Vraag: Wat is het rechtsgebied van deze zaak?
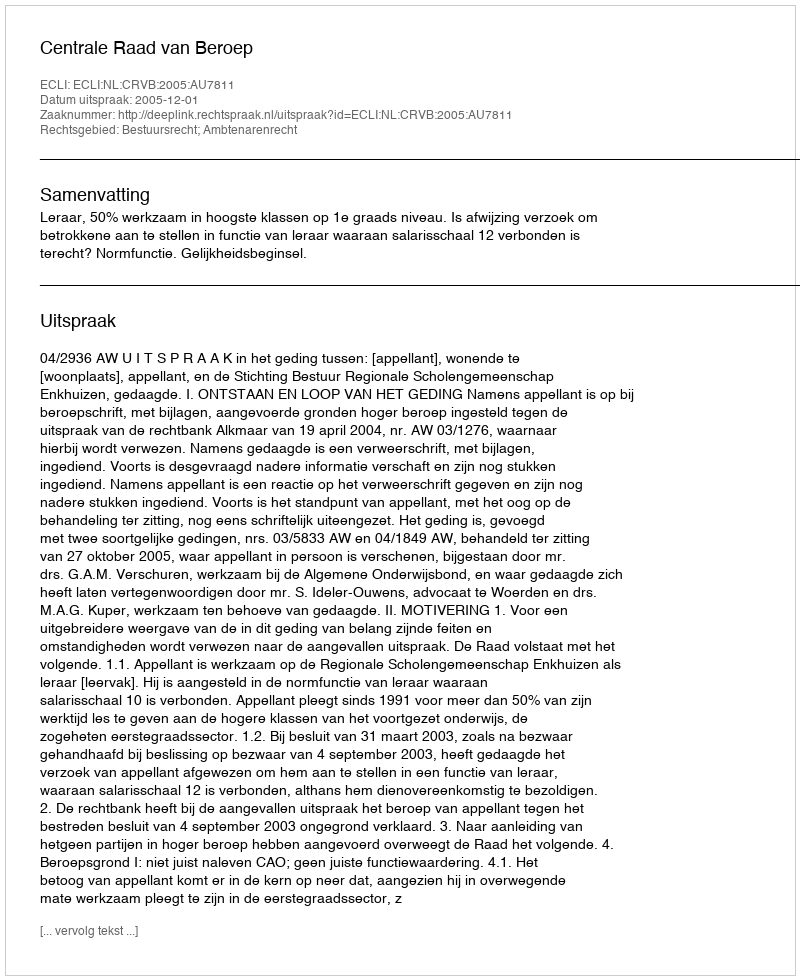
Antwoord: Bestuursrecht; Ambtenarenrecht